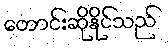
တောင်းဆိုနိုင်သည်